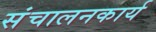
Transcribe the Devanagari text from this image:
संचालनकार्य